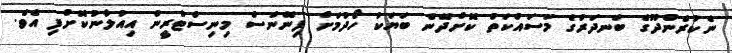
ނެކުރެންދޫގެ ބަނދަރުގެ މަސައްކަތް ކޮށްދޭނެ ބަޔަކު ހޯދުމަށް ފިނޭންސް މިނިސްޓްރީން އިއުލާނުކޮށްފި އެވެ.